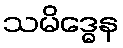
သမိဒ္ဓေန